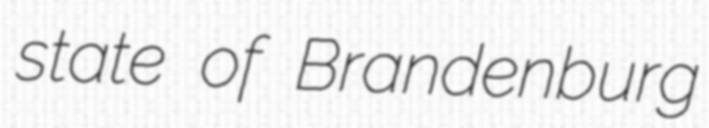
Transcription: state of Brandenburg